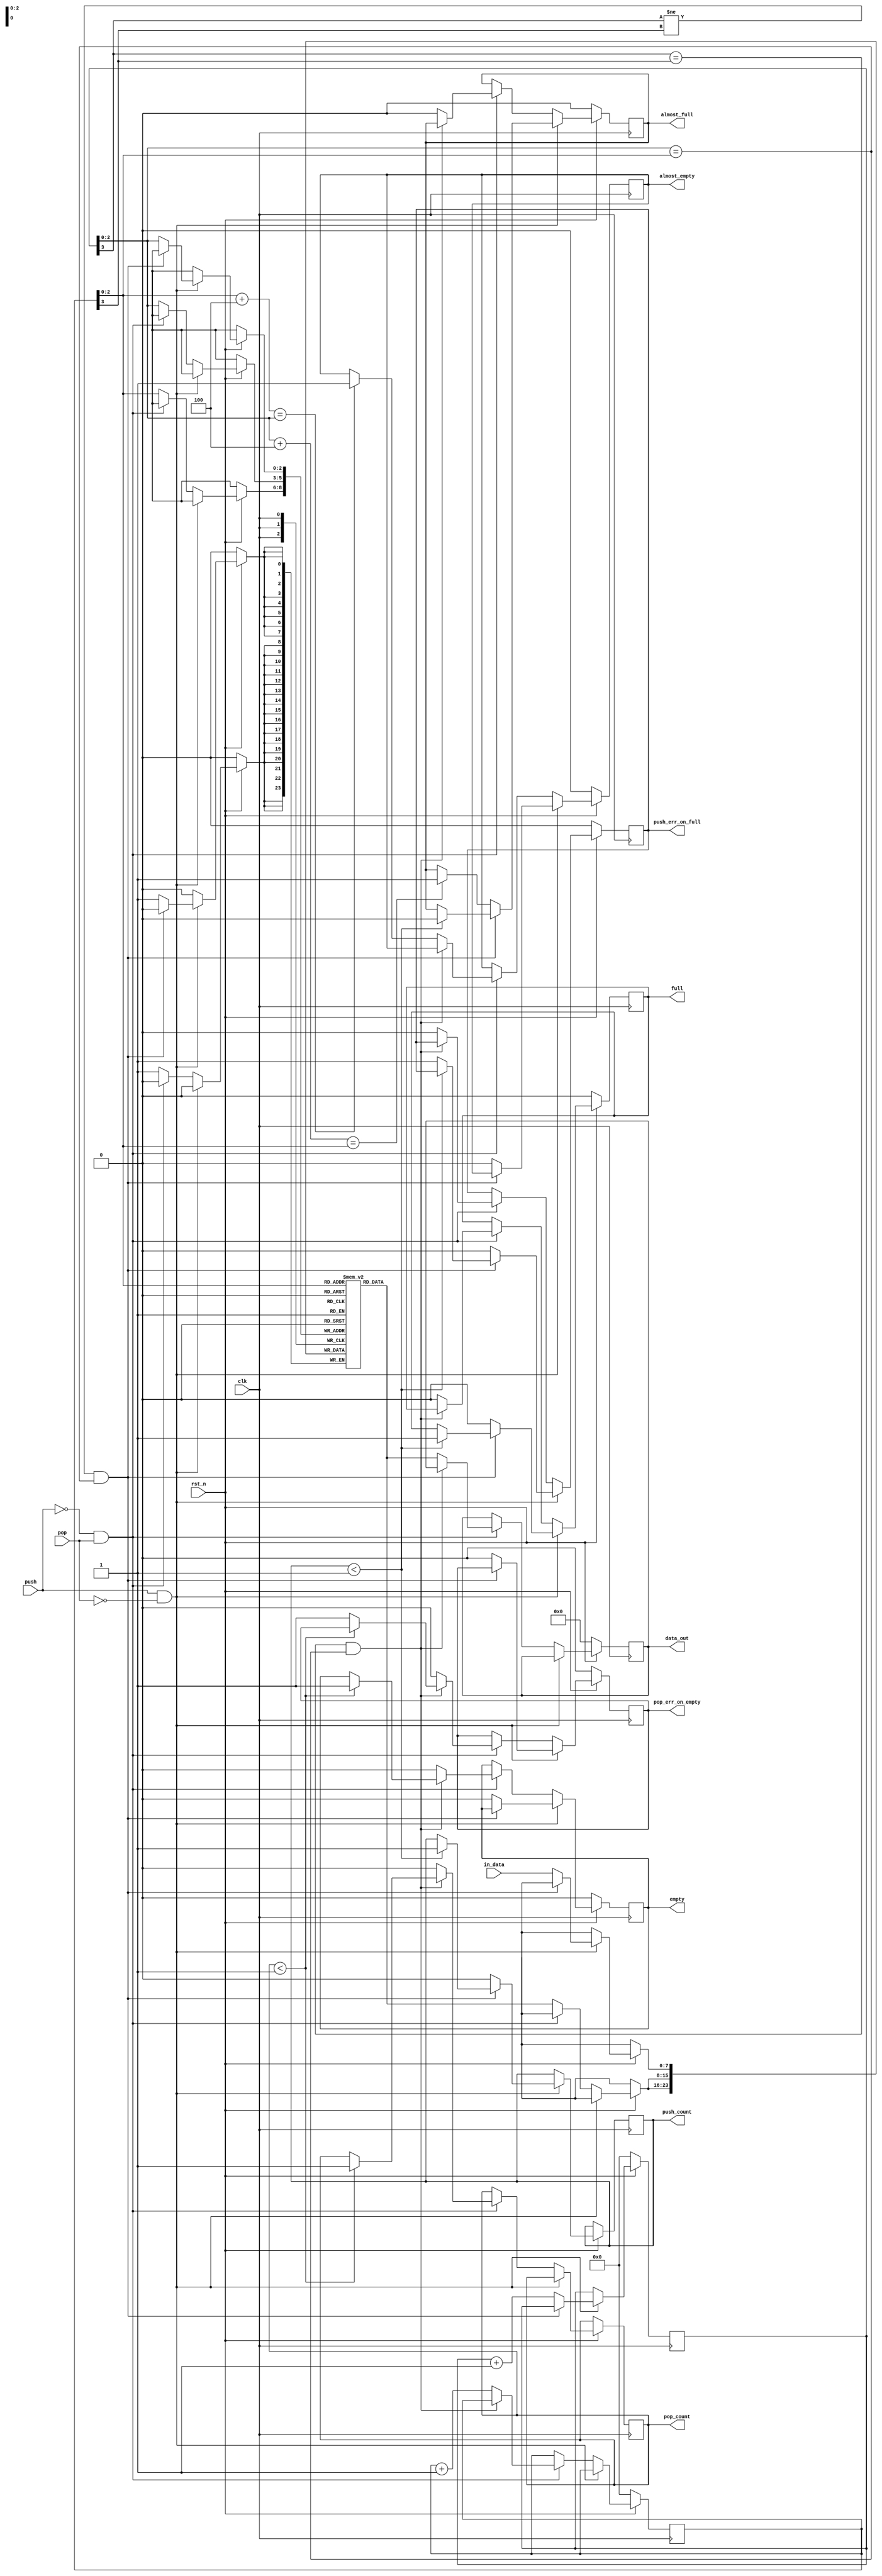
//***************************************************************************//
//***************************************************************************//
//***************************************************************************//
//**************                                          *******************//
//**************                                          *******************//
//**************      (c) SASIC Technologies Pvt Ltd      *******************//
//**************          (c) Verilogic Solutions         *******************//
//**************                                          *******************//
//**************                                          *******************//
//**************                                          *******************//
//**************           www.sasictek.com               *******************//
//**************          www.verilog-ic.com              *******************//
//**************                                          *******************//
//**************           Twitter:@sasictek              *******************//
//**************                                          *******************//
//**************                                          *******************//
//**************                                          *******************//
//***************************************************************************//
//***************************************************************************//


//              File Type: Verilog                                 

                             
//***************************************************************************//
//***************************************************************************//
                             

//              Author:
//              Reviewer:
//              Manager:
                             

//***************************************************************************//
//***************************************************************************//
//
//
//
module fifo_water_mark #(parameter W_WIDTH=8,
							parameter D_WIDTH=8,
							parameter P_WIDTH=4)
						 (input clk,
							input rst_n,
							input push,
							input pop,
							input [W_WIDTH-1:0]in_data,
							output reg [D_WIDTH-1:0]data_out,
							output reg full,
							output reg empty,
							output reg almost_full,almost_empty,
							output reg push_count,pop_count,
							output reg push_err_on_full,
							output reg pop_err_on_empty);

	reg[P_WIDTH-1:0]wrt_ptr;
	reg[P_WIDTH-1:0]red_ptr;
	reg [W_WIDTH-1:0] mem[D_WIDTH-1:0];
	wire [P_WIDTH-2:0] w_ptr;
	wire [P_WIDTH-2:0] r_ptr;
	wire [2:0]ww_ptr;
	wire [2:0]rr_ptr;
	assign w_ptr=wrt_ptr[2:0];
	assign r_ptr=red_ptr[2:0];
	assign ww_ptr=w_ptr+'d4;
	assign rr_ptr=r_ptr+'d4;

	always @(posedge clk)
		begin:alw_blk
			if(!rst_n)
				begin:reset_blk
					data_out<='b0;
					full<='b0;
					empty<='b0;
					push_err_on_full<='b0;
					pop_err_on_empty<='b0;
					red_ptr<='b0;
					wrt_ptr<='b0;
					almost_empty<='b0;
					almost_full<='b0;
				end	//reset_blk
			else
				begin:reset_1
					if(push ==1 && pop ==0)
						begin:push_blk
							if((wrt_ptr[3] !=red_ptr[3]) && (wrt_ptr[2:0] ==red_ptr[2:0]))
							begin:if_depth_full
								if(push_count<'d1)
									begin:push_count0
										push_count<='b1;
										full<='b1;
									  almost_full<='b0;
									$display("filling..........");
									end	//push_count1
								else
									begin:push_count1
										push_err_on_full<='b1;
									end	//push_count1
								end	//if_depth_full
							else
								begin:if_depth_notfull
									mem[wrt_ptr[2:0]]<=in_data;
									wrt_ptr<=wrt_ptr+'d1;
									full<='b0;
									empty<='b0;
									push_count<='d0;
									pop_err_on_empty<='d0;
									push_err_on_full<='d0;
									almost_empty<='b0;
										if(ww_ptr==r_ptr)
											begin:almost_ful
												almost_full<='b1;
												$display("almost full");
											end	//almost_full
								end	//if_depth_notfull
							end	//push_blk
						else if(push ==0 && pop ==1)
							begin:pop_blk
								if((wrt_ptr[3] == red_ptr[3]) && (wrt_ptr[2:0] == red_ptr[2:0]))
									begin:depth_empty
										if(pop_count<'d1)
											begin:pop_count0
												empty<='b1;
												//almost_empty<='b0;
												pop_count<='b1;
									$display("reading");
											end	//pop_count0
										else
											begin:pop_count1
												pop_err_on_empty<='b1;
											end	//pop_count1
									end	//depth_empty
								else
									begin:depth_not_empty
										data_out<=mem[red_ptr[2:0]];
										red_ptr<=red_ptr+'d1;
										empty<='b0;
										pop_err_on_empty<='b0;
										push_err_on_full<='b0;
										full<='b0;
										pop_count<='d0;
									  almost_full<='b0;
										if(rr_ptr==w_ptr)
											begin:almost_ful
												almost_empty<='b1;
												$display("almost empty");
											end	//almost_full
									end	//depth_not_empty
							end	//pop_blk
						else
							begin:if_push_pop_x
								mem[wrt_ptr[2:0]]<=mem[red_ptr[2:0]];
								mem[red_ptr[2:0]]<=mem[red_ptr[2:0]];
								wrt_ptr<=wrt_ptr;
								red_ptr<=red_ptr;
							end	//if_push_pop_x
						end	//reset_1
			end	//alw_blk	
	endmodule